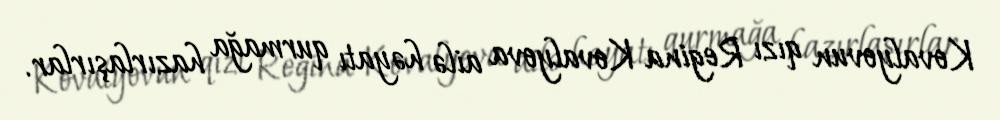
Kovalyovun qızı Regina Kovalyova ailə həyatı qurmağa hazırlaşırlar.